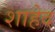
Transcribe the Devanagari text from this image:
शाहेद